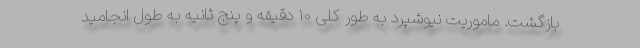
بازگشت. ماموریت نیوشپرد به طور کلی ۱۰ دقیقه و پنج ثانیه به طول انجامید